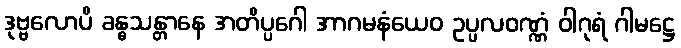
ဒုဗ္ဗလောပိ ခန္ဓသန္တာနေ အတိပ္ပဂေါ အာဂမနံယေဝ ဥပ္ပလဝဏ္ဏံ ဝါဂုရံ ဂါမဋ္ဌေ